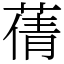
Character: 蒨